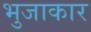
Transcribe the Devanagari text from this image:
भुजाकार